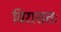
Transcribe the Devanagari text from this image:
विरासतः